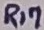
Text: R17